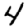
Digit: 4